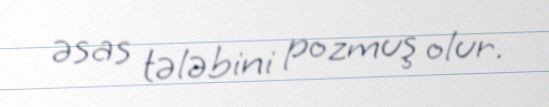
əsas tələbini pozmuş olur.